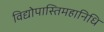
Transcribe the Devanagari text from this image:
विद्योपास्तिमहानिधि